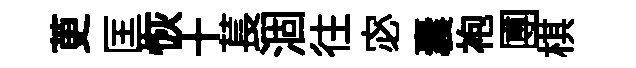
茰匡恢十萇涸往宓囊袍圑棋